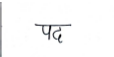
मजकूर: पद